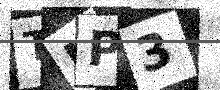
Text: TIP3